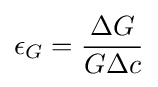
\epsilon _{G}={\dfrac {\Delta G}{G\Delta c}}